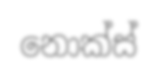
නොක්ස්